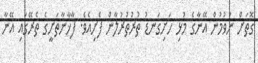
ގޮތަށް ނުވުމުން އޭނާގެ މުޅި ހަށިގަނޑު ތުރުތުރުލާން ފެށިއެވެ. ފާޚާނާތަށީގެ ތެރޭގައި އޭނާ